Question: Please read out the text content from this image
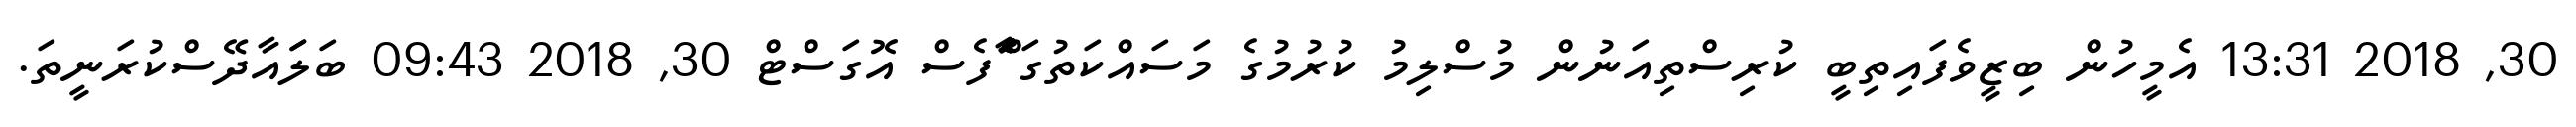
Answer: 30, 2018 13:31 އެމީހުން ބިޒީވެފައިތިބީ ކުރިސްތިއަނުން މުސްލިމު ކުރުމުގެ މަސައްކަތުގަ ާެެެްަފެސް އޮގަސްޓް 30, 2018 09:43 ބަލަައާދޭސްކުރަނީތަ.